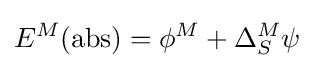
E^{M}{\rm {(abs)}}=\phi ^{M}+\Delta _{S}^{M}\psi